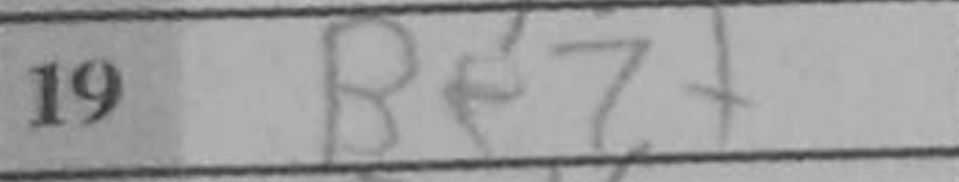
Transcription: Be7+